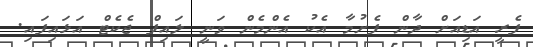
ފެރީ އަޑިއަށް ދާން ފެށުމާ އެކު އެންމެން ވަނީ ލައިފް ޖެކެޓް އަޅައިފައި.